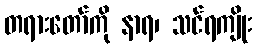
တရားတော်ကို နာရ၊ သင်ရကျိုး